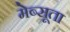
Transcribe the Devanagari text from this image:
मेब्सूता